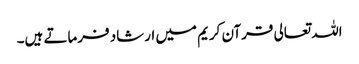
اللہ تعالی قرآن کریم میں ارشاد فرماتے ہیں۔